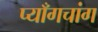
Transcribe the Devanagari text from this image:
प्याँगचांग